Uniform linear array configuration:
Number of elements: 4
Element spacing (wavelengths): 0.25
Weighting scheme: binomial
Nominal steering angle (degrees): -15
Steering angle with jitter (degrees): -15.861
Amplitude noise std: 0.05
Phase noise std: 0.05

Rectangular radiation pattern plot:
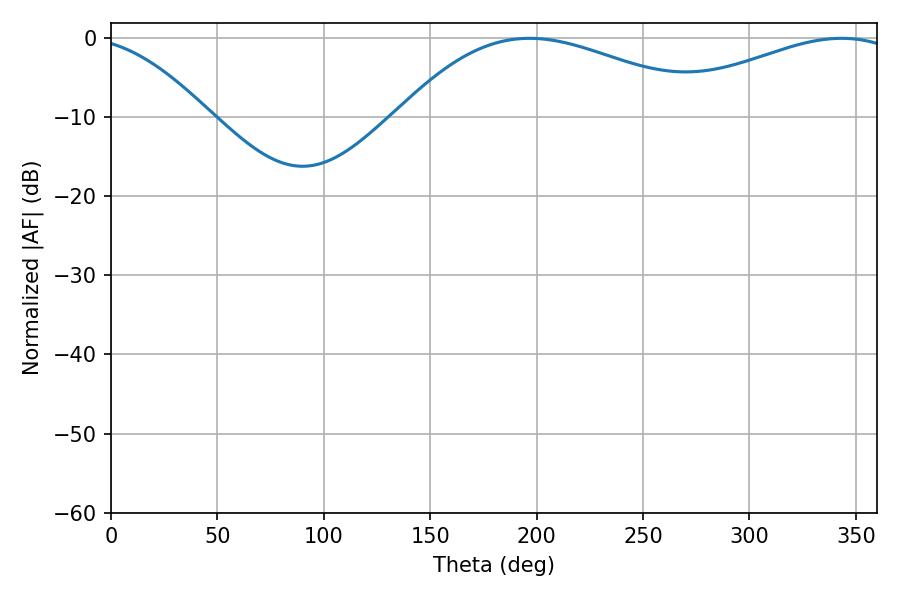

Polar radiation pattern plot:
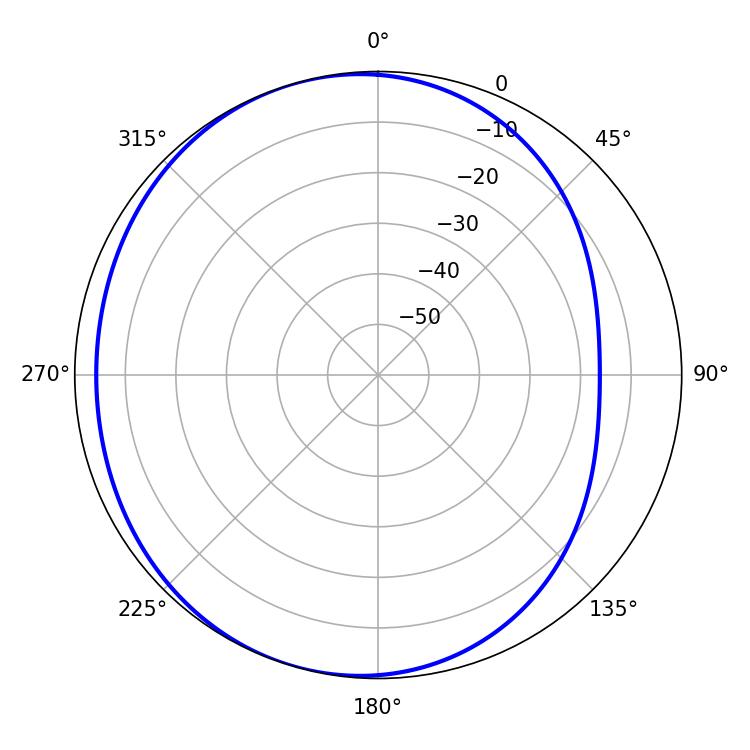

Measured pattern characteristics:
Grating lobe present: FALSE
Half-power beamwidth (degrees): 81.36
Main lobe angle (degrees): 196.74